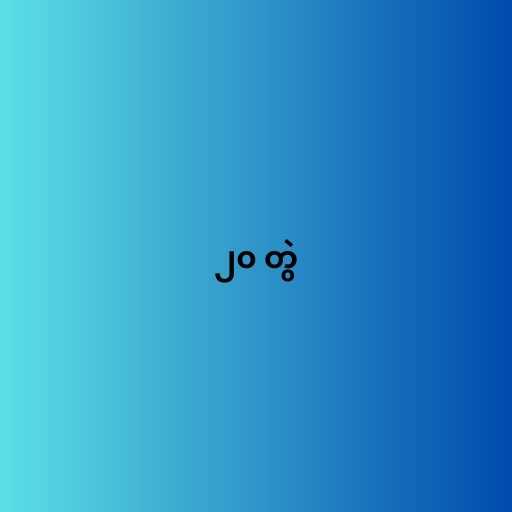
၂၀ တွဲ